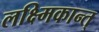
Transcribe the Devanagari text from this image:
लक्ष्मिकान्त्